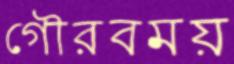
গৌরবময়